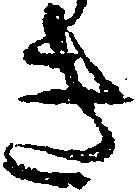
き